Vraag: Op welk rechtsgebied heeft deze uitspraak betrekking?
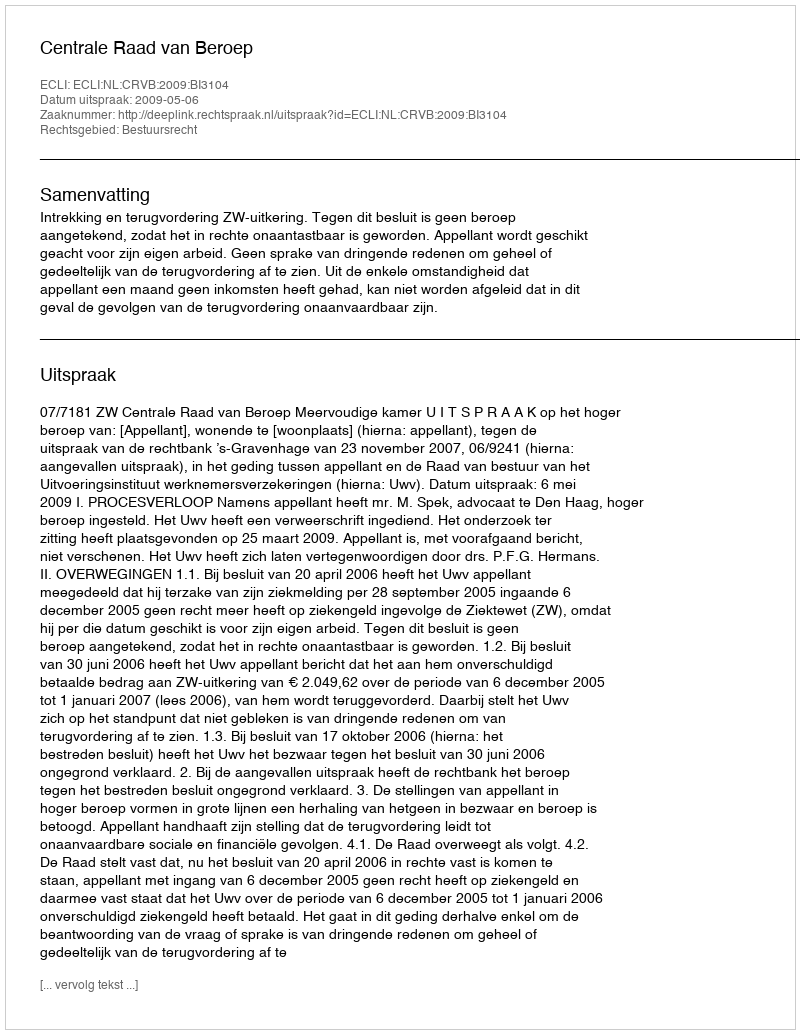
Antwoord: Bestuursrecht